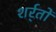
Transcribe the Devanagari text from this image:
शर्र्तों